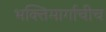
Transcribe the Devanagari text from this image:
भक्तिमार्गाचीच